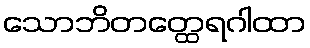
သောဘိတတ္ထေရဂါထာ